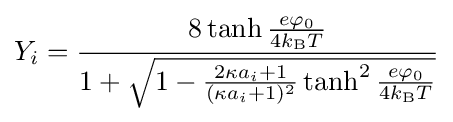
Y_{i}={\frac {8\tanh {\frac {e\varphi _{0}}{4k_{\text{B}}T}}}{1+{\sqrt {1-{\frac {2\kappa a_{i}+1}{(\kappa a_{i}+1)^{2}}}\tanh ^{2}{\frac {e\varphi _{0}}{4k_{\text{B}}T}}}}}}